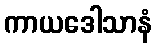
ကာယဒေါသာနံ